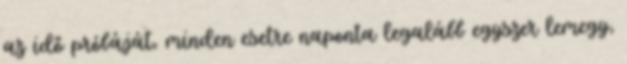
az idő próbáját, minden esetre naponta legalább egyszer lemegy,